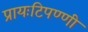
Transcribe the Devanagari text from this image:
प्रायःटिपण्णी